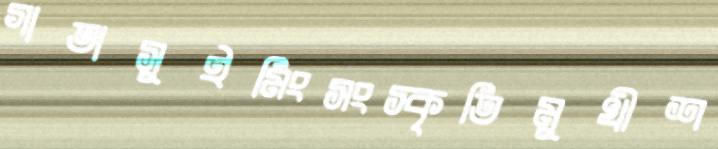
গাতাসুইমিংসংস্কৃতিমুখীশ